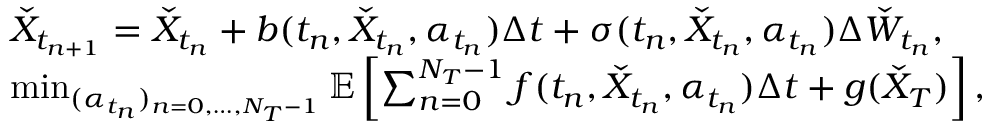
\begin{array} { r l } & { \check { X } _ { t _ { n + 1 } } = \check { X } _ { t _ { n } } + b ( t _ { n } , \check { X } _ { t _ { n } } , \alpha _ { t _ { n } } ) \Delta t + \sigma ( t _ { n } , \check { X } _ { t _ { n } } , \alpha _ { t _ { n } } ) \Delta \check { W } _ { t _ { n } } , } \\ & { \operatorname* { m i n } _ { ( \alpha _ { t _ { n } } ) _ { n = 0 , \dots , N _ { T } - 1 } } \mathbb { E } \left[ \sum _ { n = 0 } ^ { N _ { T } - 1 } f ( t _ { n } , \check { X } _ { t _ { n } } , \alpha _ { t _ { n } } ) \Delta t + g ( \check { X } _ { T } ) \right] , } \end{array}